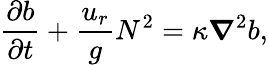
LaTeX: \frac{\partial b}{\partial t}+\frac{u_{r}}{g}N^{2}=\kappa\boldsymbol{\nabla}^{2}b,